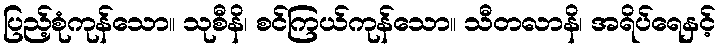
ပြည့်စုံကုန်သော။ သုစီနိ၊ စင်ကြယ်ကုန်သော။ သီတလာနိ၊ အရိပ်ရေနှင့်